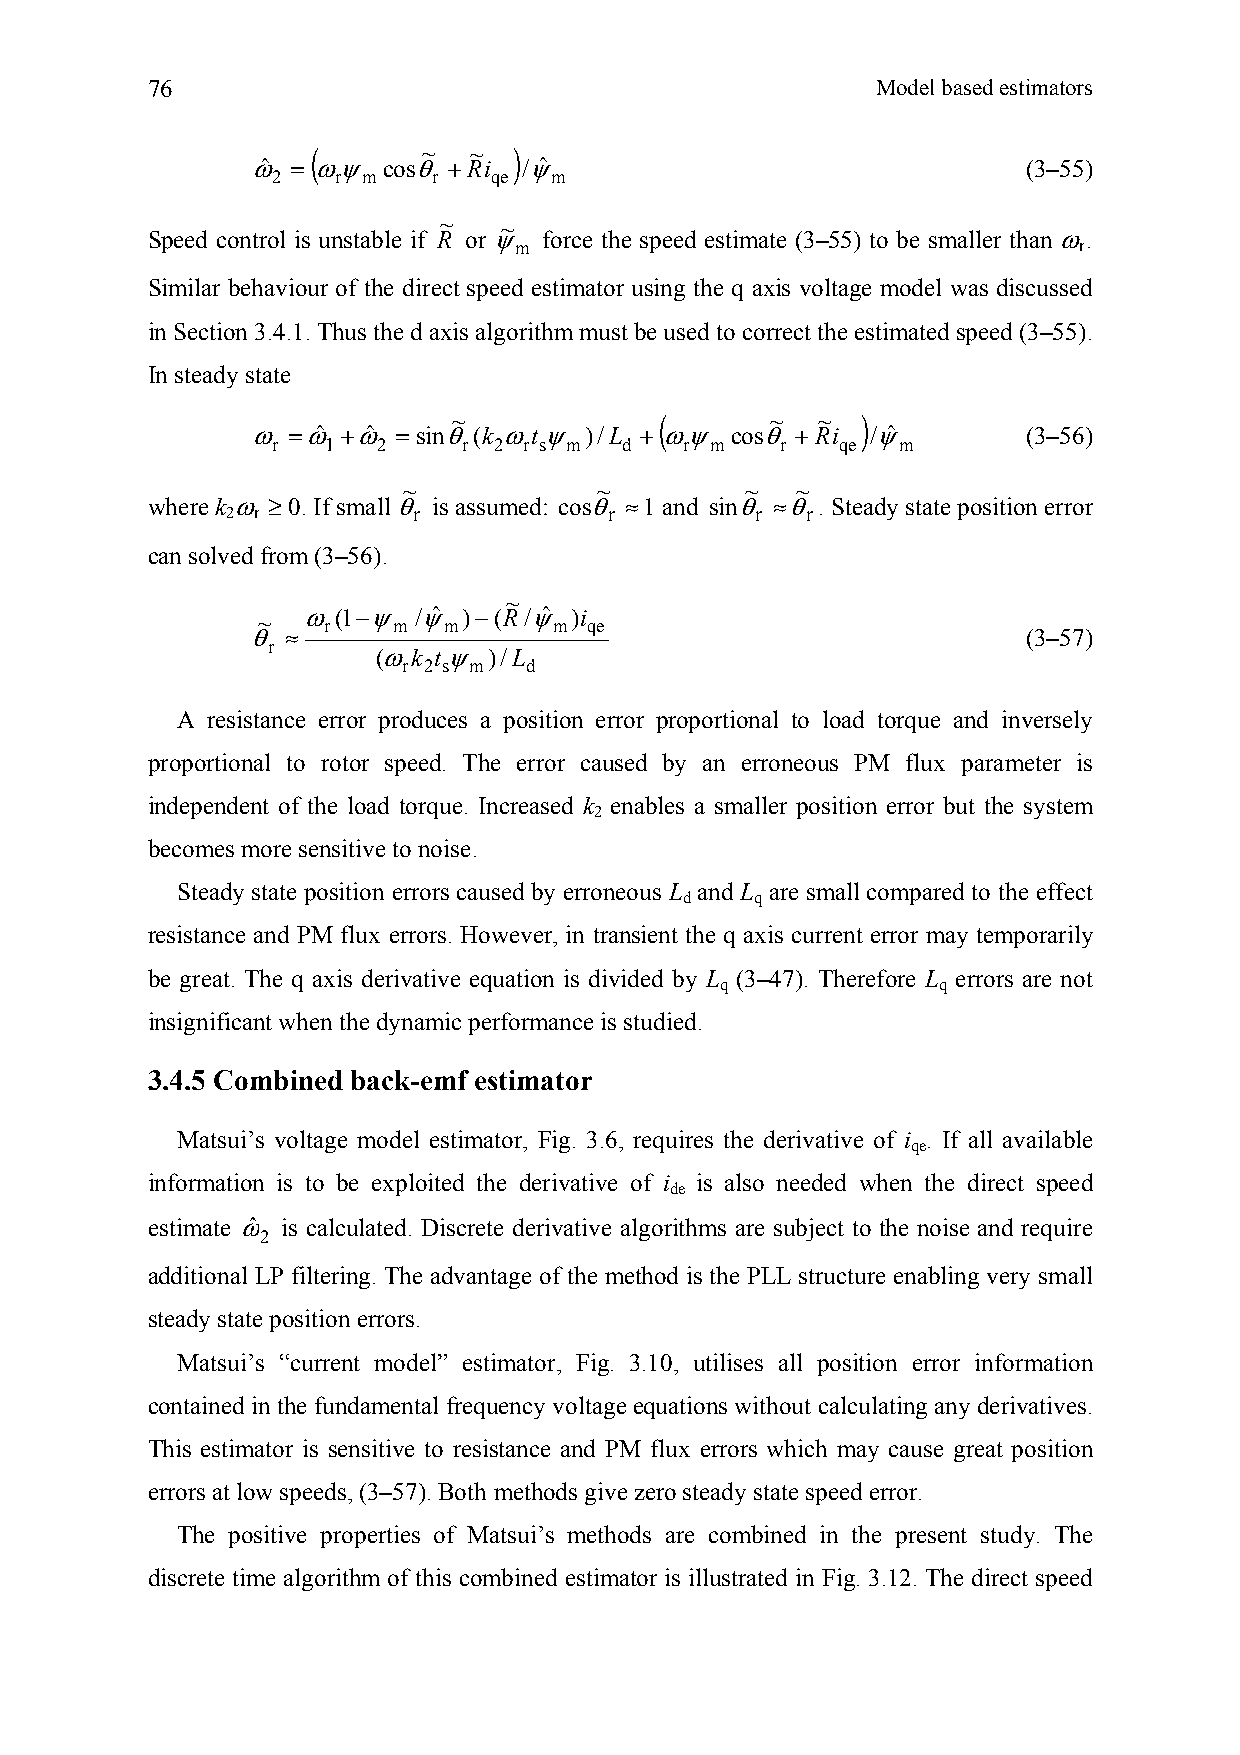
76                                              Model based estimators
 (            )
 ~  ~
 ωˆ = ωψ cosθ +Ri  /ψˆ                              (3–55)
 2   r m    r  qe  m
 Speed control is unstable if R~ or ψ~ force the speed estimate (3–55) to be smaller than ω.
 m                                    r
 Similar behaviour of the direct speed estimator using the q axis voltage model was discussed
 in Section 3.4.1. Thus the d axis algorithm must be used to correct the estimated speed (3–55).
 In steady state
 (            )
 ~                    ~  ~
 ω =ωˆ +ωˆ =sinθ(k ωt ψ )/L + ωψ cosθ + Ri /ψˆ      (3–56)
 r  1   2     r 2 r s m d   r m    r   qe m
 ~            ~        ~   ~
 where k ω ≥ 0. If small θ is assumed: cosθ ≈1 and sinθ ≈θ . Steady state position error
 2 r         r            r         r  r
 can solved from (3–56).
 ~
 ~  ω(1−ψ  /ψˆ )−(R/ψˆ )i
 θ ≈ r    m  m       m qe                           (3–57)
 r      (ωk t ψ )/L
 r 2 s m d
 A resistance error produces a position error proportional to load torque and inversely
 proportional to rotor speed. The error caused by an erroneous PM flux parameter is
 independent of the load torque. Increased k enables a smaller position error but the system
 2
 becomes more sensitive to noise.
 Steady state position errors caused by erroneous L and L are small compared to the effect
 d    q
 resistance and PM flux errors. However, in transient the q axis current error may temporarily
 be great. The q axis derivative equation is divided by L (3–47). Therefore L errors are not
 q             q
 insignificant when the dynamic performance is studied.
 3.4.5 Combined back-emf estimator
 Matsui’s voltage model estimator, Fig. 3.6, requires the derivative of i . If all available
 qe
 information is to be exploited the derivative of i is also needed when the direct speed
 de
 estimate ωˆ is calculated. Discrete derivative algorithms are subject to the noise and require
 2
 additional LP filtering. The advantage of the method is the PLL structure enabling very small
 steady state position errors.
 Matsui’s “current model” estimator, Fig. 3.10, utilises all position error information
 contained in the fundamental frequency voltage equations without calculating any derivatives.
 This estimator is sensitive to resistance and PM flux errors which may cause great position
 errors at low speeds, (3–57). Both methods give zero steady state speed error.
 The positive properties of Matsui’s methods are combined in the present study. The
 discrete time algorithm of this combined estimator is illustrated in Fig. 3.12. The direct speed